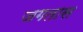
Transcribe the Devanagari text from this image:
जगतास